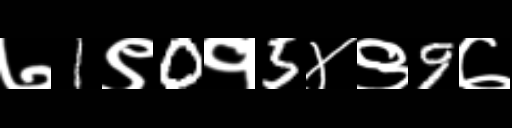
Text: ७1९0१5४९9७